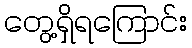
တွေ့ရှိရကြောင်း